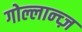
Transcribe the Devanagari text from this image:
गोल्लान्च्ज़